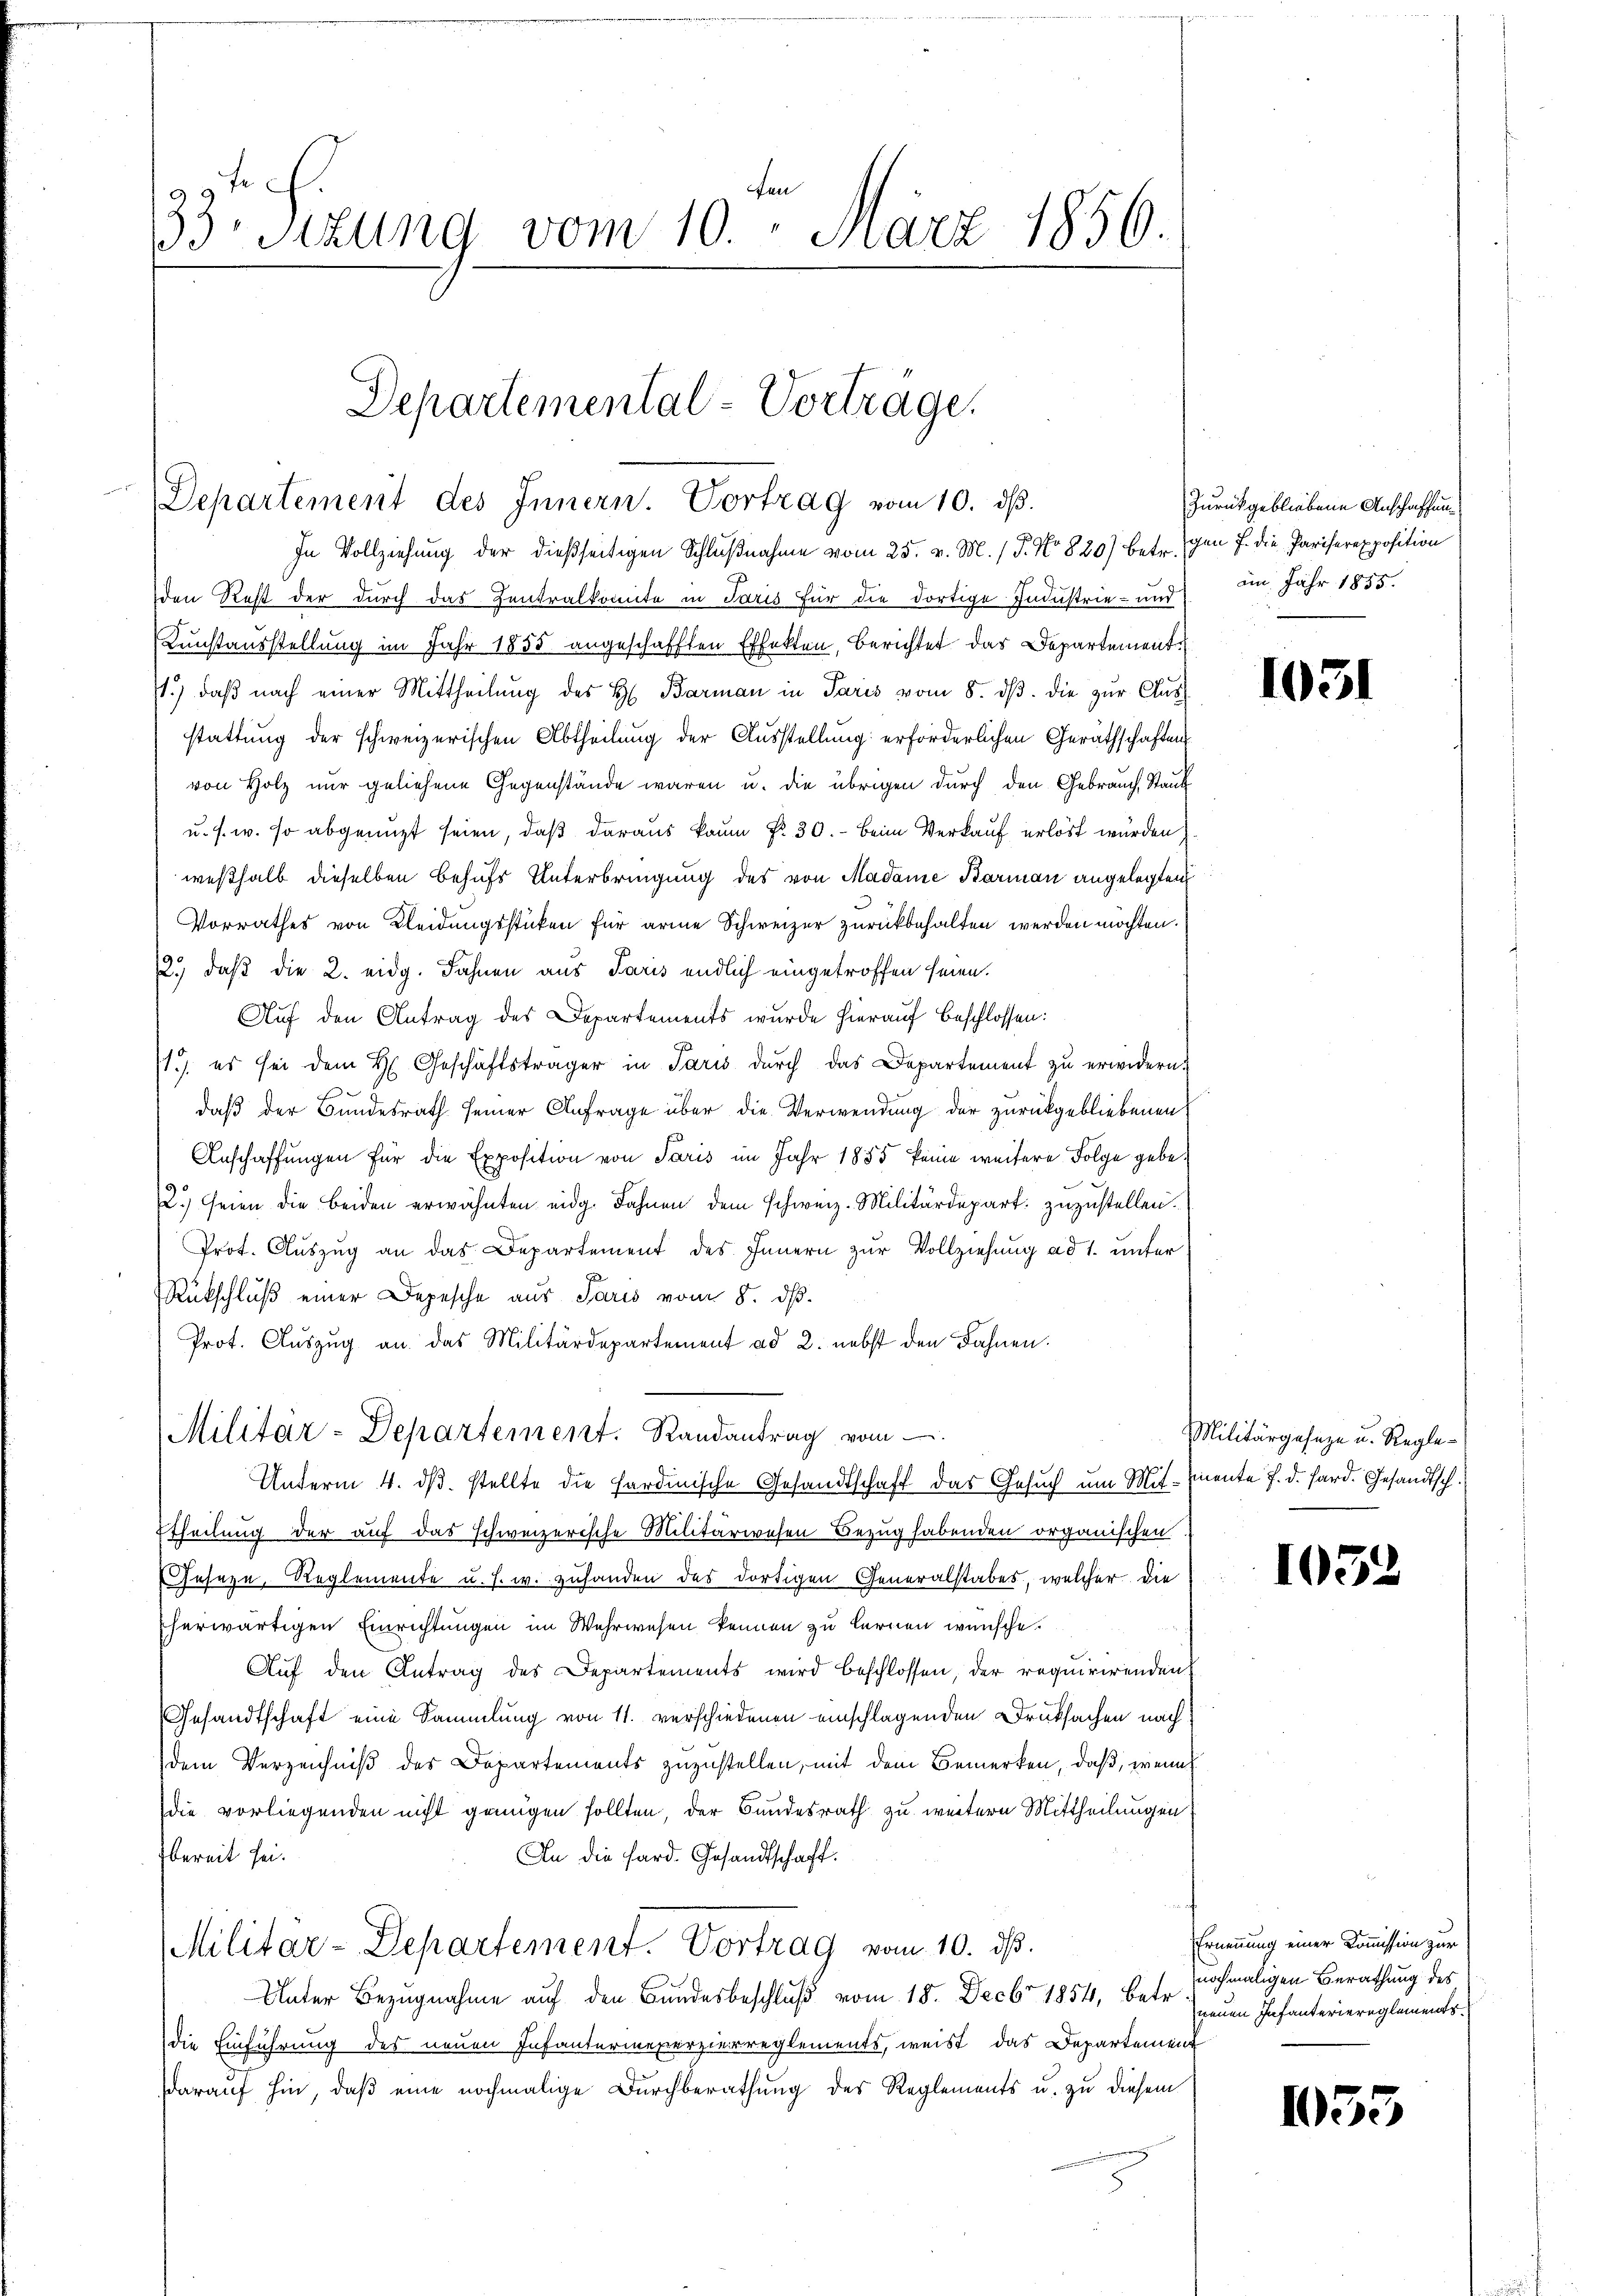
fen
33 sizung vom 10. März 1856.

Departemental-Vorträge.
Departement des Innern. Vortrag vom 10. dß.
In Vollziehung der dießseitigen Schlußnahme vom 25. v. M. (T. No 820) betr. gen 7. die Pariserexposition

den Rest der durch das Zentralkomite in Paris für die dortige Industrie- und
Kunstausstellung im Jahr 1855 angeschafften Effekten, berichtet das Departement
1.) daß nach einer Mittheilung des H. Barman in Paris vom 8. dβ. die zur Ausstattung der schweizerischen Abtheilung der Ausstellung erforderlichen Geräthschaften
von Holz nur geliehene Gegenstände waren u. die übrigen durch den Gebrauch Staub
u. s. w. so abgenugt seien, daß daraus kaum fr. 30. - Beim Verkauf erlöst wurden.
weßhalb dieselben behufs Unterbringung des von Madame Barmann angelegten
Vorrathes von Kleidungsstücken für arme Schweizer zurückbehalten werden möchten.
12.) daß die 2. eidg. Fahnen aus Paris endlich eingetroffen seien.
Auf den Antrag des Departements wurde hierauf beschlossen:
1. es sei dem H. Geschäftsträger in Paris dŭrch das Departement zŭ erwidern.
daß der Bundesrath seiner Anfrage über die Verwendung der zurückgebliebenen
Anschaffungen für die Exposition von Paris im Jahr 1885 keine weitere Folge gebe¬
2.) seien die beiden erwähnten eidg. Fahnen dem schweiz. Militärdepart zuzustellen.
Prot. Auszug an das Departement des Innern zur Vollziehung ad 1. unter
Rückschluß einer Depesche aus Paris vom 8. ds.
Prot. Auszug an das Militärdepartement ad 2. nebst den Fahnen.
Militar-Departement. Randantrag vom
Unterm 4. dβ. stellte die Fardinische Gesandtschaft das Gesuch um Mitmente f. d. Hard. Gesandtsch.
ttheilung der auf das schweizerische Militärwesen Bezug habenden organischen
Geseze, Reglemente u. s. w. zufanden des dortigen Generalstabes, welcher die
herwärtigen Einrichtungen im Wehrwesen kennen zu lernen wünsche.
Auf den Antrag des Departements wird beschlossen, der requirirenden
Gesandtschaft eine Sammlung von 11. verschiedenen einschlagenden Druksachen nach
dem Verzeichniß des Departements zuzustellen, mit dem Bemerken, daß, wenn
die vorliegenden nicht genügen sollten, der Bundesrath zu weitern Mittheilungen
bereit sei.
An die Hard. Gesandtschaft.
Militar-Departement. Vortrag vom 10. ds.
Unter Bezugnahme auf den Bundesbeschluß vom 18. Decbr 1854, betr.
die Einführung des neuen Infantermexerzierreglements, weist das Departement
Darauf hin, daß eine nochmalige Durchberathung des Reglements u. zu diesem

Zurückgebliebene Anschaffung
am Jahr 1855.

1031

Militärgeseze u. Regle¬

1052

Ernennung einer Commission zur
nochmaligen Berathung des
neuen Infanteriereglements

1035